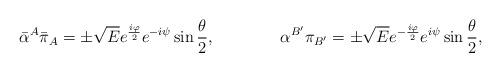
LaTeX: \begin{align*}{\bar \alpha}^{A}{\bar \pi}_{A} =\pm {\sqrt E} e^{{i\varphi \over 2}}e^{-i\psi}\sin{\theta \over 2},\qquad \qquad\alpha^{B^\prime}\pi_{B^\prime}=\pm {\sqrt E} e^{-{i\varphi \over 2}}e^{i\psi}\sin{\theta \over 2},\end{align*}